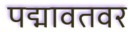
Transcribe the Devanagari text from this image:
पद्मावतवर